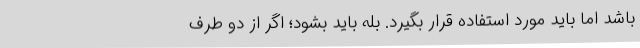
باشد اما باید مورد استفاده قرار بگیرد. بله باید بشود؛ اگر از دو طرف